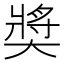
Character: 奬